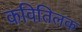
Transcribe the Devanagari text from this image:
कवितिलक